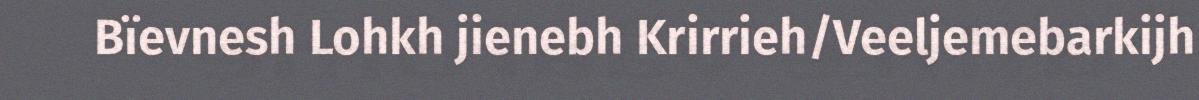
Bïevnesh Lohkh jienebh Krirrieh/Veeljemebarkijh